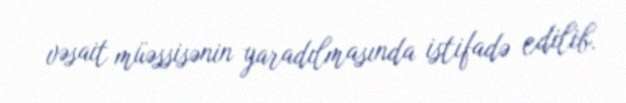
vəsait müəssisənin yaradılmasında istifadə edilib.